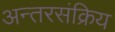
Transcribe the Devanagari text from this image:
अन्तरसंक्रिय